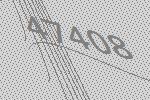
47408